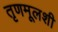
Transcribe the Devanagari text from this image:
तृणमूलशी